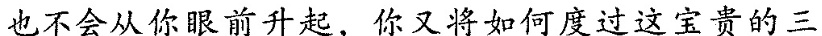
也不会从你眼前升起，你又将如何度过这宝贵的三